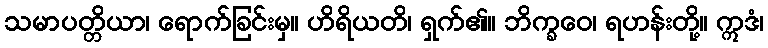
သမာပတ္တိယာ၊ ရောက်ခြင်းမှ။ ဟိရိယတိ၊ ရှက်၏။ ဘိက္ခဝေ၊ ရဟန်းတို့။ ဣဒံ၊